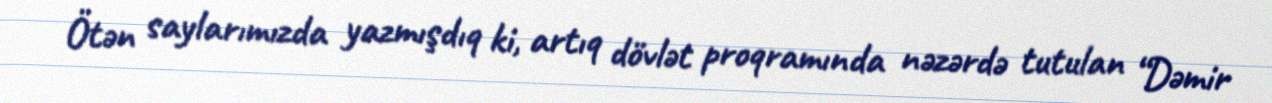
Ötən saylarımızda yazmışdıq ki, artıq dövlət proqramında nəzərdə tutulan “Dəmir